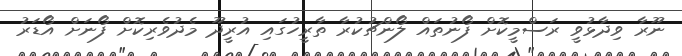
ނޫރާ ވިދާޅުވީ ރަސްމީކޮށް ފޯނުތައް ލޯންޗުކުރާ ތާރީހުގައި އުރީދޫ މެދުވެރިކޮށް ފޯނަށް އޯޑަރު